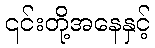
၎င်းတို့အနေနှင့်